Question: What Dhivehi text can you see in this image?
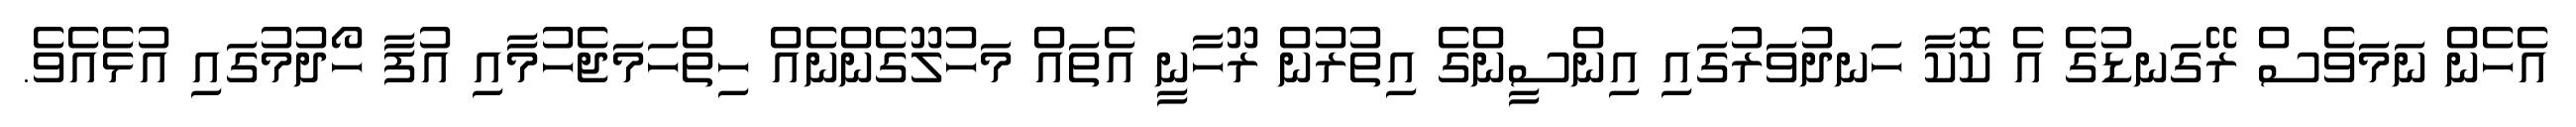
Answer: އެހެން ނަމަވެސް ރޭގަނޑުގެ އެ ކޮކާ ހަނދުވަރުގައި އިންސީންގެ އިތުރުން ރޫހާނީ އެތައް މަހުލޫގެންނެއް ހިތްހަމަޖެހުމާއި އުފާ ހޯދުމުގައި އުޅެއެވެ.